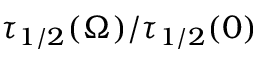
\tau _ { 1 / 2 } ( \Omega ) / \tau _ { 1 / 2 } ( 0 )